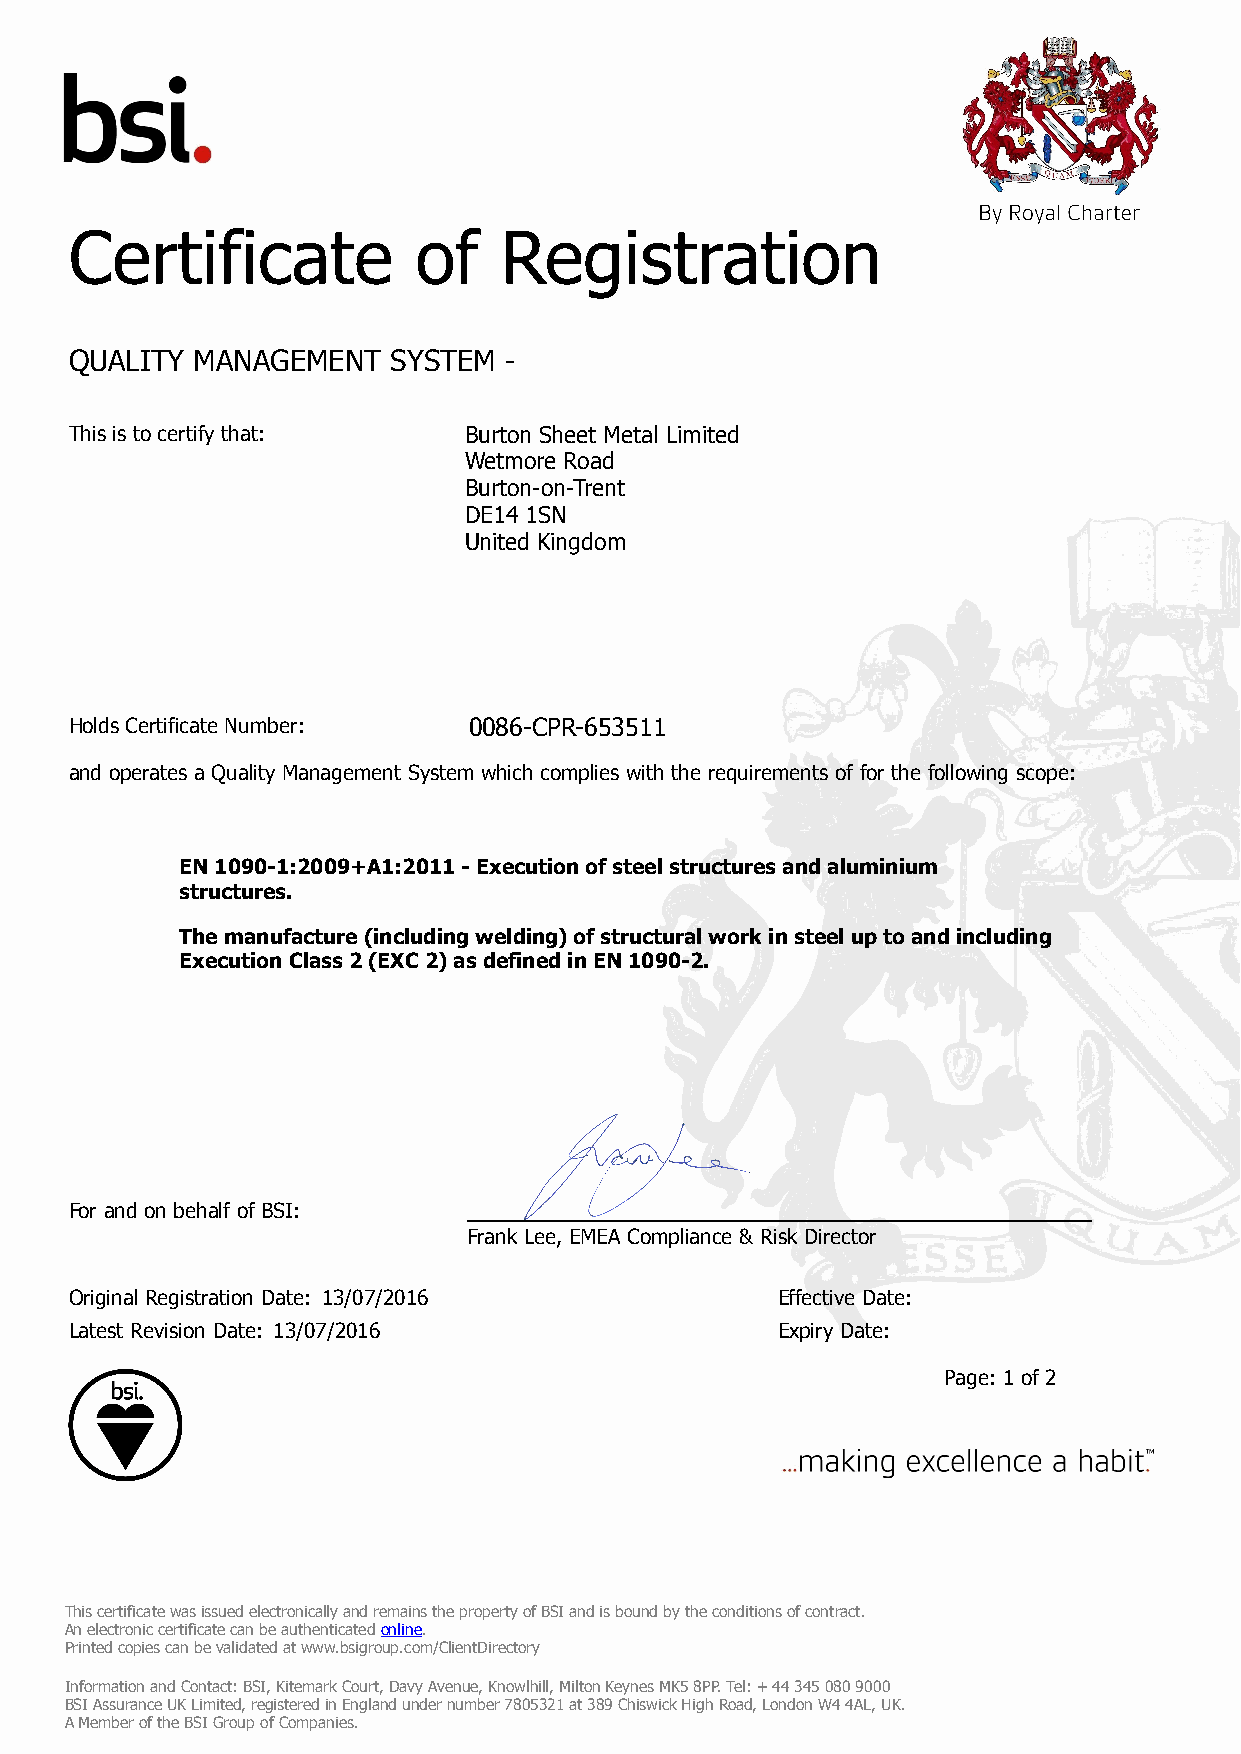
Certificate           of    Registration
 QUALITY MANAGEMENT   SYSTEM -
 This is to certify that:  Burton Sheet Metal Limited
 Wetmore Road
 Burton-on-Trent
 DE14 1SN
 United Kingdom
 Holds Certificate Number: 0086-CPR-653511
 and operates a Quality Management System which complies with the requirements of for the following scope:
 EN 1090-1:2009+A1:2011 - Execution of steel structures and aluminium
 structures.
 The manufacture (including welding) of structural work in steel up to and including
 Execution Class 2 (EXC 2) as defined in EN 1090-2.
 For and on behalf of BSI:
 Frank Lee, EMEA Compliance & Risk Director
 Original Registration Date: 13/07/2016        Effective Date:
 Latest Revision Date: 13/07/2016              Expiry Date:
 Page: 1 of 2
 This certificate was issued electronically and remains the property of BSI and is bound by the conditions of contract.
 An electronic certificate can be authenticated online.
 Printed copies can be validated at www.bsigroup.com/ClientDirectory
 Information and Contact: BSI, Kitemark Court, Davy Avenue, Knowlhill, Milton Keynes MK5 8PP. Tel: + 44 345 080 9000
 BSI Assurance UK Limited, registered in England under number 7805321 at 389 Chiswick High Road, London W4 4AL, UK.
 A Member of the BSI Group of Companies.